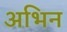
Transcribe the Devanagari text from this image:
अभिन